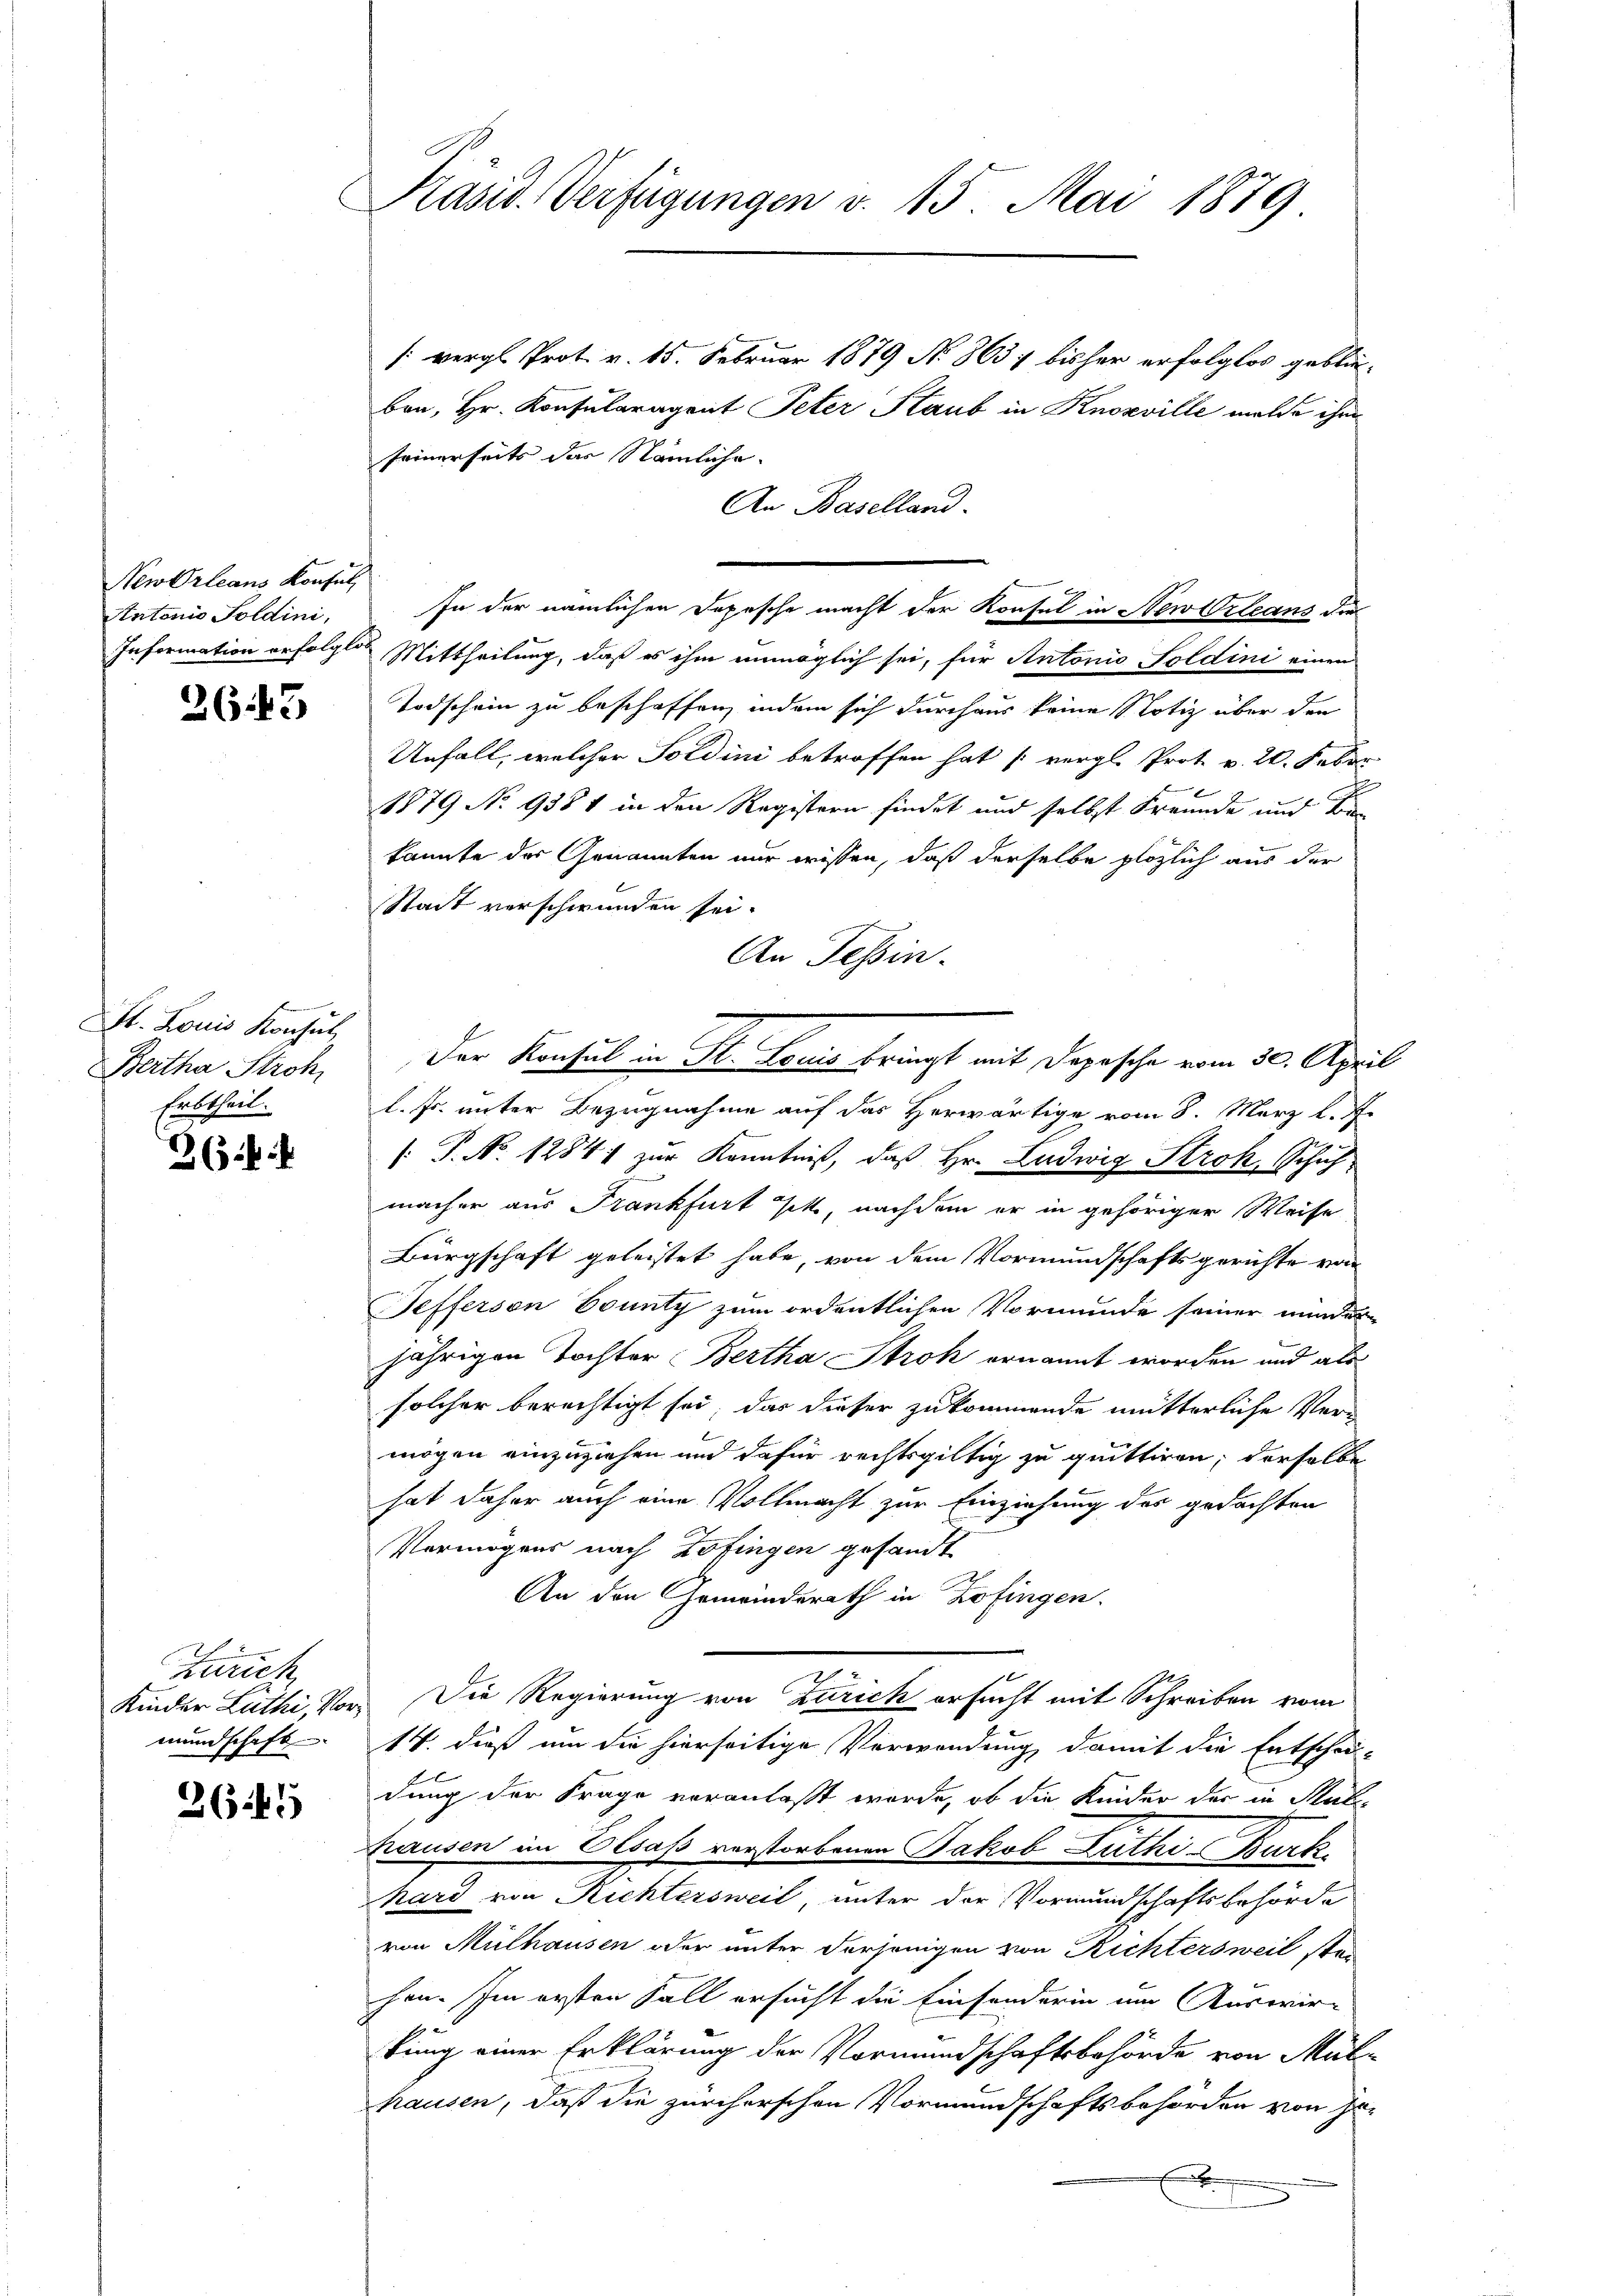
NewOrleans Konsuls
tntonio Soldini,

26.43

St. Louis Konsul
Bertha Stroh,
Erbtheil.

263

Zürich
Kinder Luthi, Vormundschaft

2645

Präsid. Verfügungen v. 15. Mai 1879

/: vergl. Prot. v. 15. Februar 1879 No 8637 bisher erfolglos geblieben, Hr. Konsularagent Peter Staub in Knoxville melde ihm
seinerseits das Nämliche
An Baselland.
In der nämlichen Depesche macht der Konsul in Newtrleans der
Information erfolglos Mittheilung, daß es ihm unmöglich sei, für Antonio Soldini einen
Todschein zu beschaffen, indem sich durchaus keine Notiz über den
Unfall, welcher Soldini betroffen hat (vergl. Prot. v. 20. Febr.
1879 No 9381 in den Registern findet und selbst Freunde und B
kannte der Genannten nur wissen, daß derselbe plözlich aus der
Stadt verschwunden sei.
An Tessin.
Der Konsul in St. Louis bringt mit Depesche vom 30. April
l. Js. unter Bezugnahme auf das Herwärtige vom 8. März l. J.
[: P. No. 12841 zur Kenntniß, daß Hr. Ludwig Stroh, Schuh
macher aus Frankfurt sit, nachdem er in gehöriger Weise
Bürgschaft geleistet habe, von dem Vormundschaftsgerichte von
Tefferson County zum ordentlichen Vormunde seiner minder
jährigen Tochter Bertha Strok ernannt worden und als
solcher berechtigt sei, das dieser zukommende mütterliche Vermögen einzuziehen und dafür rechtsgültig zu quittiren; derselbe
hat daher auch eine Vollmacht zur Einziehung der gedachten
Vermögens nach Zofingen gesandt
An den Gemeinderath in Zofingen.
Die Regierung von Zürich ersucht mit Schreiben vom
14. dieß um die hierseitige Verwendung damit die Entschei-
dung der Frage veranlaßt werde, ob die Kinder der in Mali-
hausen im Elsaß verstorbenen Jakob Zuthi-Burk
hard von Richtersweil, unter der Vormundschaftsbehörde
von Mülhausen oder unter derjenigen von Richtersweil stei
hen. Im ersten Fall ersucht die Einsonderin um Auswir-
tung einer Erklärung der Vormundschaftsbehörde von Mal
hausen, daß die zürcherschen Vormundschaftsbehörden von je-
E